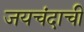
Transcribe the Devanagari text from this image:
जयचंदाची